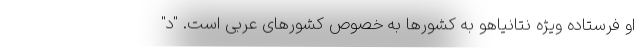
او فرستاده ویژه نتانیاهو به کشورها به خصوص کشورهای عربی است. "د"